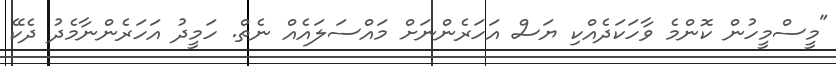
"މީސްމީހުން ކޮންމެ ވާހަކަދެއްކި ޔަސް އަހަރެންނަށް މައްސަލައެއް ނެތް. ހަމީދު އަހަރެެންނާމެދު ދެކޭ